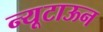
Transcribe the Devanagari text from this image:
न्यूटाऊन